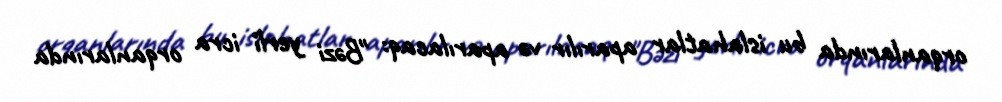
orqanlarında bu islahatlar aparılır və aparılacaq: "Bəzi yerli icra orqanlarında